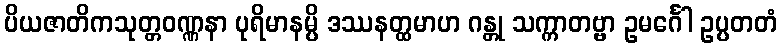
ပိယဇာတိကသုတ္တဝဏ္ဏနာ ပုရိမာနမ္ပိ ဒဿနတ္ထမာဟ ဂန္တု သက္ကာတဗ္ဗာ ဥမင်္ဂေါ ဥပ္ပတတံ